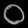
Digit: ၀